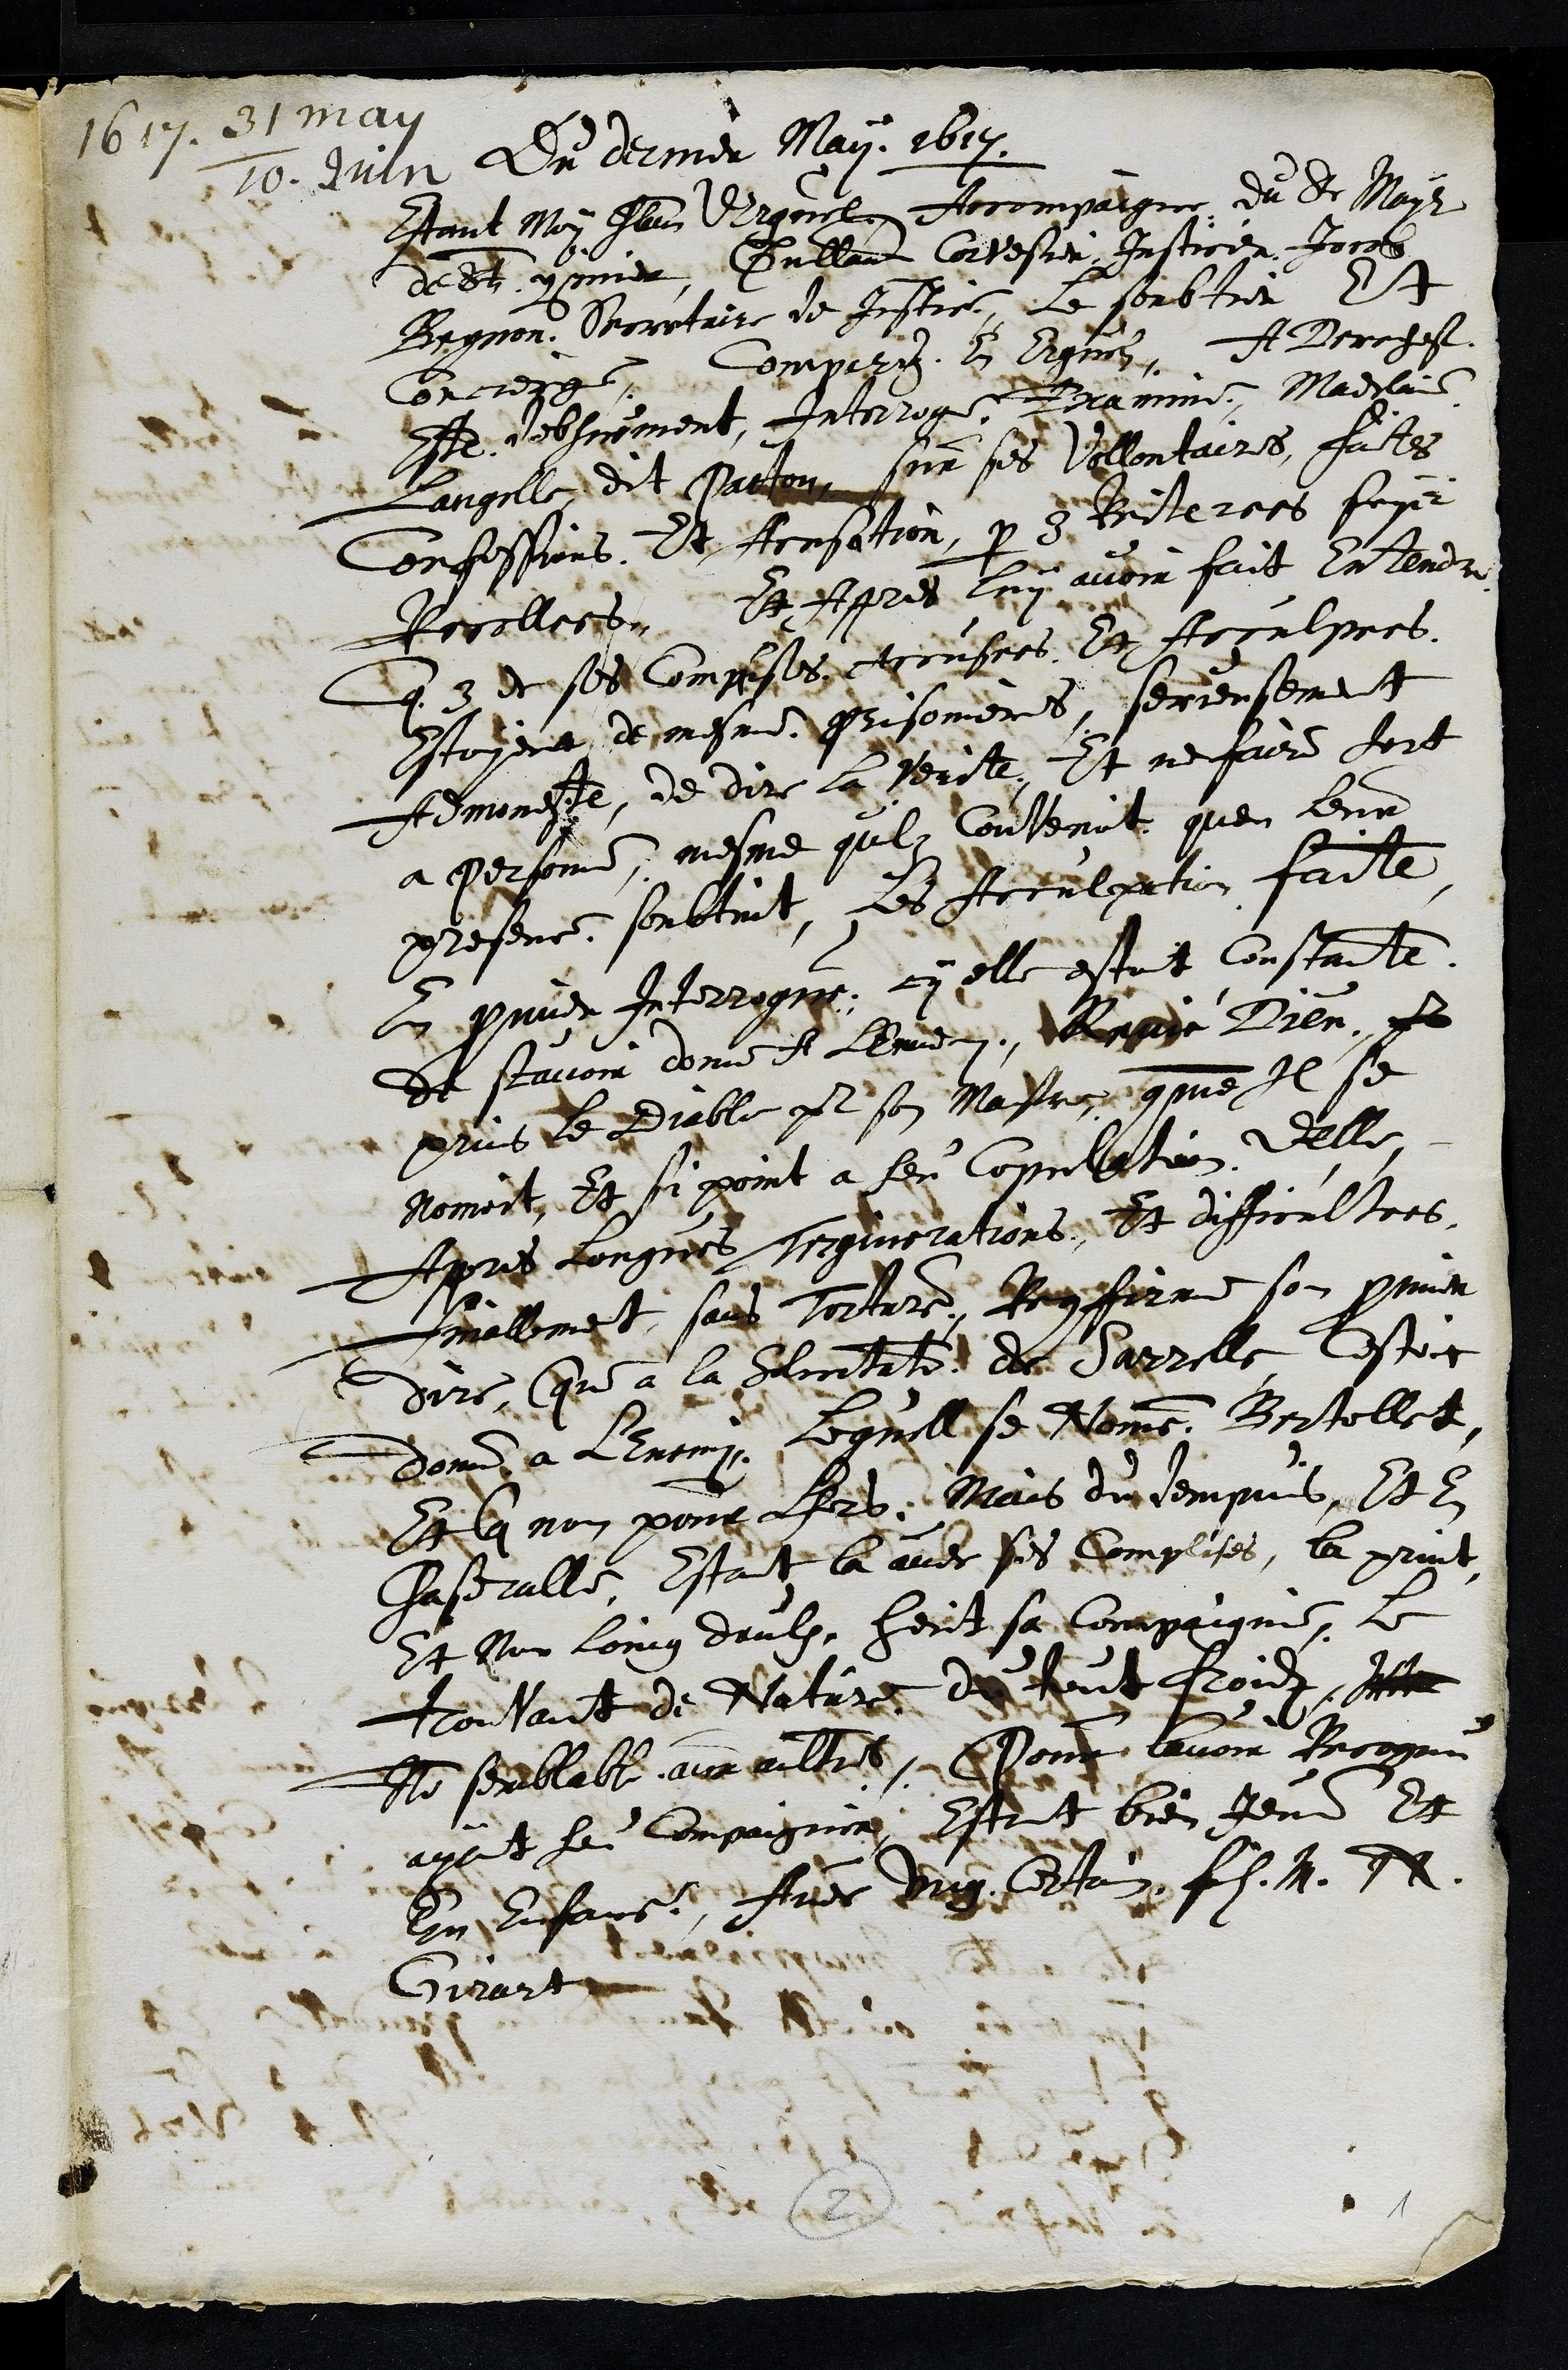
167may
Du dernier Mai 1614
Estant Moy Jlas Ergerel Recompaigne du de May
dedt commer, Gullant Corbestier Justicer Jocqs
Begnon Berretaire de Instre, le soubtrer Et
Concrerg. Dompire L Egnes. A Berchest
Ite debsiyment, Interroge Bramie, Madilais
Langille dit Patton sur ses Villontaires, fates
Confessions, Et Acnsation par dBriterees foy
Rocellers St Appres luy audin fait intendre
Eq 3 de sedit composes etcusers Et Arculpees
estoyent demesr prisoniers, serensemet
emoneste de dire la serite, Et ne faire fort
a perponnd, mesme qulz Contenit quen leutre
presence soubtint, les Ieculpation faite.
E prmidr Interrogue, cy elle estoit constaite.
de scavoir donne At Lennd Mrpee Bien, e
prus leediable p son Masre come Il se
Nomoit, Et si point a fen copulation delle,
Apres longnes seguierations Et difficultoes.
mallemet sans torture, Reiffirme son pronner
dirs Cre a la Alintate de Sarrille lestoi
Dont a LEnemi, Ceguille se Nemme Bortellet
Et q non pour frd. Mais dun tempuis, lel
Chaseralle, Estoit la avec ses complises, la print
t ar loing deulx heut sa compaigne, le
Touvant de Wature de hout foid Ine
le serbleble aux cultre Pon avoir Recopau
ayant se compagnee, Estont bien Jeni Et
lin lfare. Aur Dy dte7f. h. A.
Girart
6
1